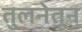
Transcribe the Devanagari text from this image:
तुलनेतून